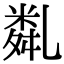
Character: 亃